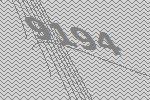
9194